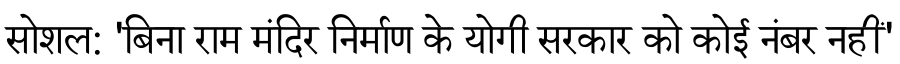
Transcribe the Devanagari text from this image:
सोशल: 'बिना राम मंदिर निर्माण के योगी सरकार को कोई नंबर नहीं'